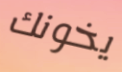
يخونك